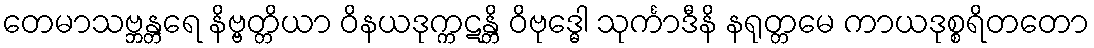
တေမာသဗ္ဘန္တရေ နိဗ္ဗတ္တိယာ ဝိနယဒုက္ကဋန္တိ ဝိဗုဒ္ဓေါ သုင်္ကာဒီနိ နရုတ္တမေ ကာယဒုစ္စရိတတော